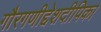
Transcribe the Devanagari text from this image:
गौरगणीद्देशदीपिका